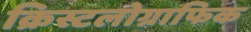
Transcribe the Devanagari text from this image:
क्रिस्टलोग्राफिक